Plague in India, 1896, 1897 - Volume 3
Year: 1896
Disease focus: Plague
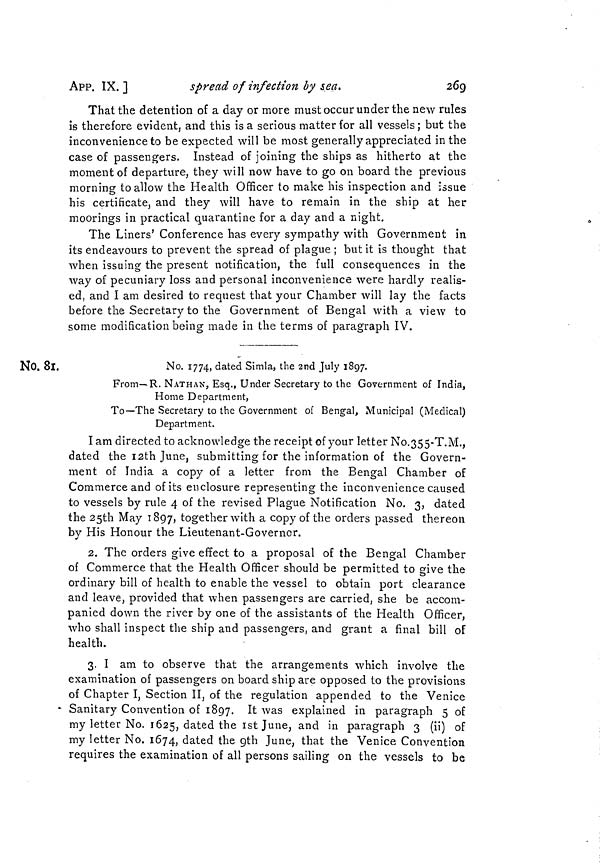
APP. IX. ]
spread of infection by sea.
269
That the detention of a day or more must occur under the new rules
is therefore evident, and this is a serious matter for all vessels ; but the
inconvenience to be expected will be most generally appreciated in the
case of passengers. Instead of joining the ships as hitherto at the
moment of departure, they will now have to go on board the previous
morning to allow the Health Officer to make his inspection and issue
his certificate, and they will have to remain in the ship at her
moorings in practical quarantine for a day and a night.
The Liners' Conference has every sympathy with Government in
its endeavours to prevent the spread of plague ; but it is thought that
when issuing the present notification, the full consequences in the
way of pecuniary loss and personal inconvenience were hardly realis-
ed, and I am desired to request that your Chamber will lay the facts
before the Secretary to the Government of Bengal with a view to
some modification being made in the terms of paragraph IV.
No. 81.
No. 1774, dated Simla, the 2nd July 1897.
From—R. NATHAN, Esq., Under Secretary to the Government of India,
Home Department,
To—The Secretary to the Government of Bengal, Municipal (Medical)
Department.
I am directed to acknowledge the receipt of your letter No.355-T.M.,
dated the 12th June, submitting for the information of the Govern-
ment of India a copy of a letter from the Bengal Chamber of
Commerce and of its enclosure representing the inconvenience caused
to vessels by rule 4 of the revised Plague Notification No. 3, dated
the 25th May 1897, together with a copy of the orders passed thereon
by His Honour the Lieutenant-Governor.
2. The orders give effect to a proposal of the Bengal Chamber
of Commerce that the Health Officer should be permitted to give the
ordinary bill of health to enable the vessel to obtain port clearance
and leave, provided that when passengers are carried, she be accom-
panied down the river by one of the assistants of the Health Officer,
who shall inspect the ship and passengers, and grant a final bill of
health.
3. I am to observe that the arrangements which involve the
examination of passengers on board ship are opposed to the provisions
of Chapter I, Section II, of the regulation appended to the Venice
Sanitary Convention of 1897. It was explained in paragraph 5 of
my letter No. 1625, dated the 1st June, and in paragraph 3 (ii) of
my letter No. 1674, dated the 9th June, that the Venice Convention
requires the examination of all persons sailing on the vessels to be